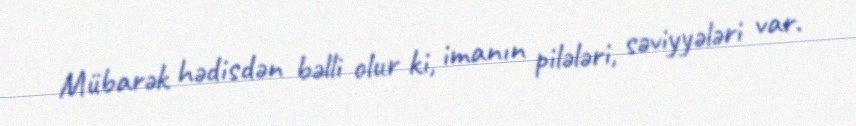
Mübarək hədisdən bəlli olur ki, imanın pilələri, səviyyələri var.